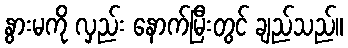
နွားမကို လှည်း နောက်မြီးတွင် ချည်သည်။